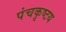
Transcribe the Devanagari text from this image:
पंचकृष्टय